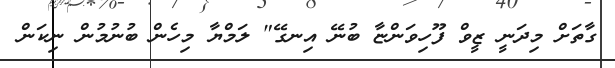
ގާތަށް މިދަނީ ޒީވް ފޫހިވަންޏާ ބުނޭ އިނގޭ" ލަމްޔާ މިހެން ބުނުމުން ނިކަން